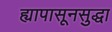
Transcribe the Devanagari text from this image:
ह्यापासूनसुद्धा